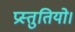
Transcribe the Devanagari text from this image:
प्रस्तुतियो।